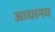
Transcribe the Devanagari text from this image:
आधानव